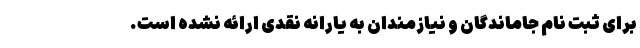
برای ثبت نام جاماندگان و نیازمندان به یارانه نقدی ارائه نشده است.